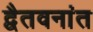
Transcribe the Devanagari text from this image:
द्वैतवनांत